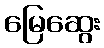
မြေဆွေး